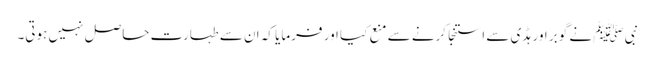
نبی ﷺ نے گوبر اور ہڈی سے استنجا کرنے سے منع کیا اور فرمایا کہ ان سے طہارت حاصل نہیں ہوتی۔